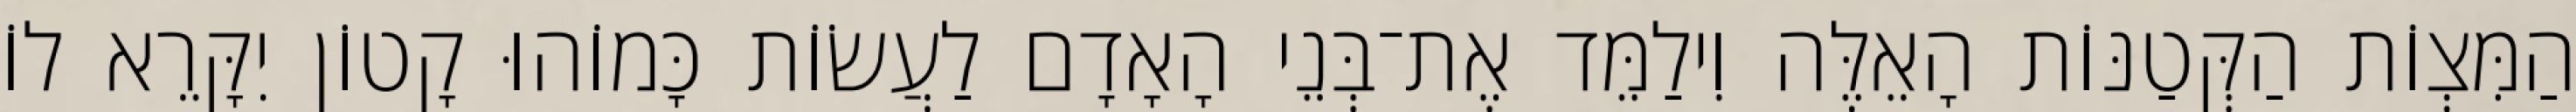
הַמִּצְוֹת הַקְּטַנּוֹת הָאֵלֶּה וִילַמֵּד אֶת־בְּנֵי הָאָדָם לַעֲשׂוֹת כָּמוֹהוּ קָטוֹן יִקָּרֵא לוֹ